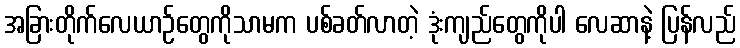
အခြားတိုက်လေယာဉ်တွေကိုသာမက ပစ်ခတ်လာတဲ့ ဒုံးကျည်တွေကိုပါ လေဆာနဲ့ ပြန်လည်